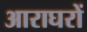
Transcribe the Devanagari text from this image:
आराघरों